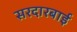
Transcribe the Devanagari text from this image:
सरदारबाई